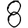
Digit: 8